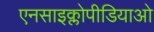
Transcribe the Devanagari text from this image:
एनसाइक्लोपीडियाओ